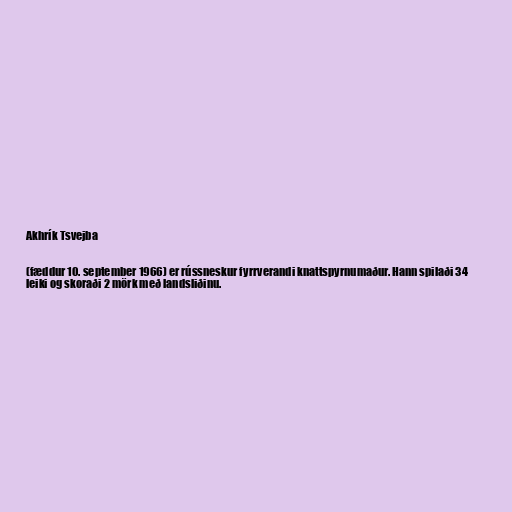
Akhrík Tsvejba

(fæddur 10. september 1966) er rússneskur fyrrverandi knattspyrnumaður. Hann spilaði 34
leiki og skoraði 2 mörk með landsliðinu.